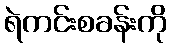
ရဲကင်းစခန်းကို